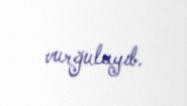
vurğulayıb.